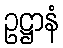
ဥဋ္ဌာနံ